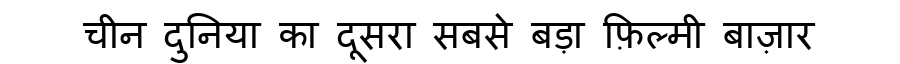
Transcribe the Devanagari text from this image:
चीन दुनिया का दूसरा सबसे बड़ा फ़िल्मी बाज़ार